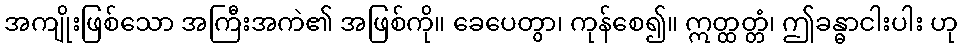
အကျိုးဖြစ်သော အကြီးအကဲ၏ အဖြစ်ကို။ ခေပေတွာ၊ ကုန်စေ၍။ ဣတ္ထတ္တံ၊ ဤခန္ဓာငါးပါး ဟု